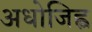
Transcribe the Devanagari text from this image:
अधोजिह्व